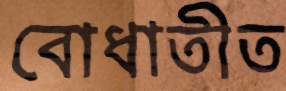
বোধাতীত